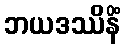
ဘယဒဿိနိံ